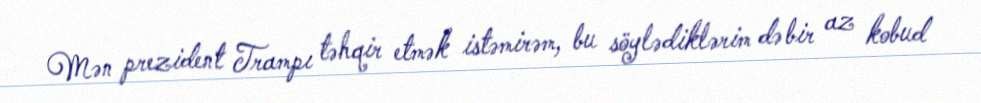
Mən prezident Trampı təhqir etmək istəmirəm, bu söylədiklərim də bir az kobud